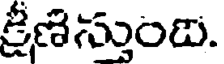
క్రీణిస్తుంది.